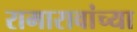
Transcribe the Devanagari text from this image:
रामारावांच्या